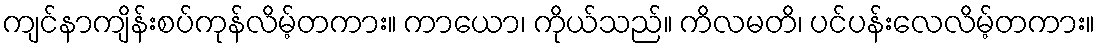
ကျင်နာကျိန်းစပ်ကုန်လိမ့်တကား။ ကာယော၊ ကိုယ်သည်။ ကိလမတိ၊ ပင်ပန်းလေလိမ့်တကား။